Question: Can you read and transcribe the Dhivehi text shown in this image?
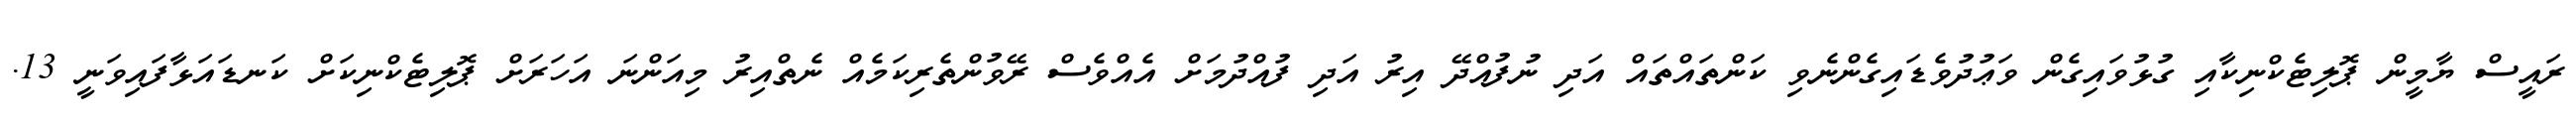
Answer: ރައީސް ޔާމީން ޕޮލިޓެކްނިކާއި ގުޅުވައިގެން ވަޢުދުވެޑައިގެންނެވި ކަންތައްތައް އަދި ނުފުއްދޭ އިރު އަދި ފުއްދުމަށް އެއްވެސް ރޭވުންތެރިކަމެއް ނެތްއިރު މިއަންނަ އަހަރަށް ޕޮލިޓެކްނިކަށް ކަނޑައަޅާފައިވަނީ 13.